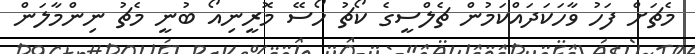
މެޗަށް ފަހު ވާހަކަދައްކަމުން ޗެލްސީގެ ކޯޗު ހޯސޭ މޮރީނިއޯ ބުނީ މެޗު ނިންމާލަން